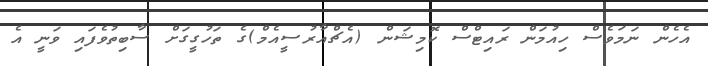
އެހެން ނަމަވެސް ހިއުމަން ރައިޓްސް ކޮމިޝަން (އެޗްއާރުސީއެމް)ގެ ތަހުގީގަށް ސާބިތުވެފައި ވަނީ އެ